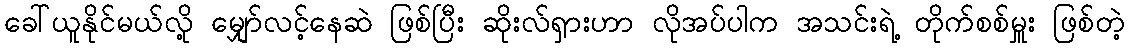
ခေါ်ယူနိုင်မယ်လို့ မျှော်လင့်နေဆဲ ဖြစ်ပြီး ဆိုးလ်ရှားဟာ လိုအပ်ပါက အသင်းရဲ့ တိုက်စစ်မှူး ဖြစ်တဲ့